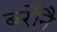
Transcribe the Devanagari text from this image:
बरौनै